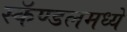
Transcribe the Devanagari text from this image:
स्कॅण्डलमध्ये